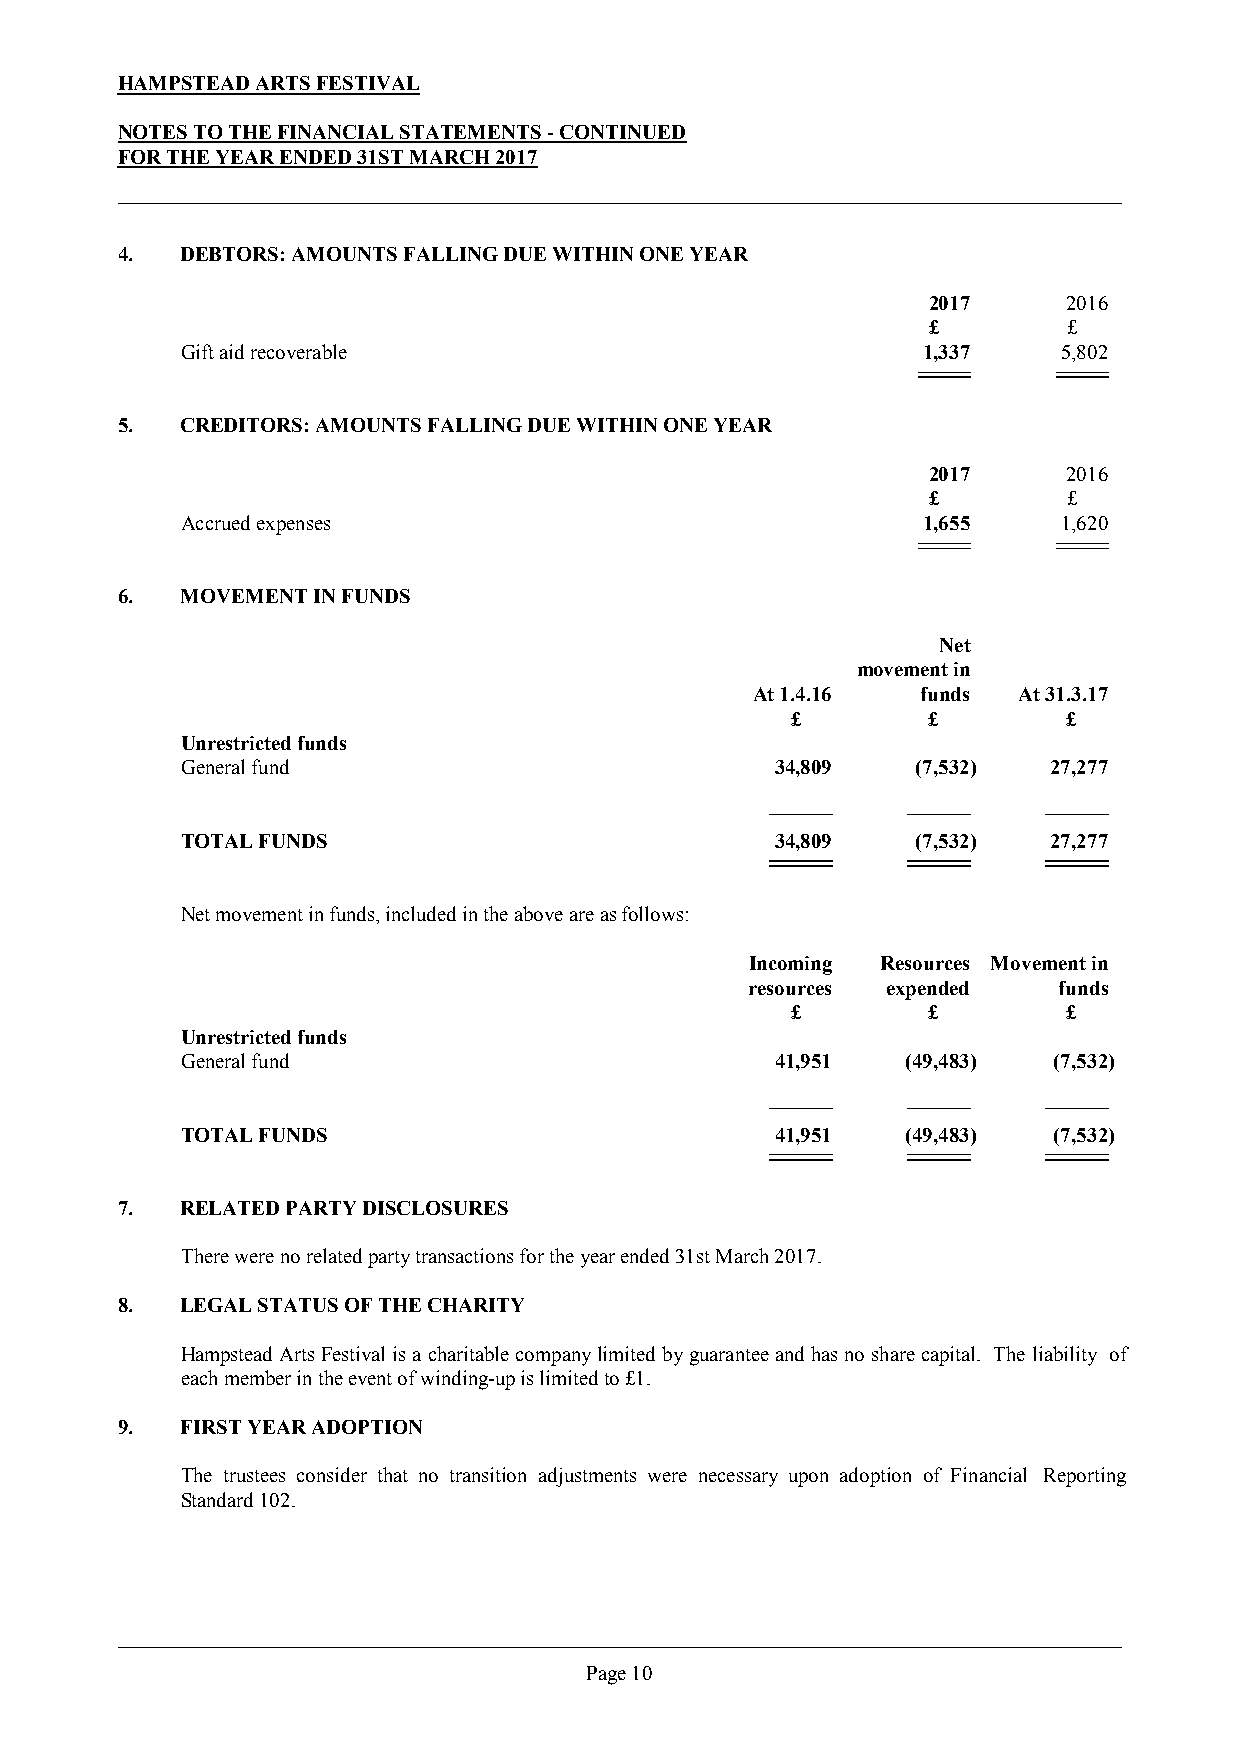
HAMPSTEAD ARTS FESTIVAL
 NOTES TO THE FINANCIAL STATEMENTS - CONTINUED
 FOR THE YEAR ENDED 31ST MARCH 2017
 4.  DEBTORS: AMOUNTS FALLING DUE WITHIN ONE YEAR
 2017      2016
 £         £
 Gift aid recoverable                             1,337    5,802
 5.  CREDITORS: AMOUNTS FALLING DUE WITHIN ONE YEAR
 2017      2016
 £         £
 Accrued expenses                                 1,655    1,620
 6.  MOVEMENT IN FUNDS
 Net
 movement in
 At 1.4.16  funds At 31.3.17
 £        £         £
 Unrestricted funds
 General fund                           34,809    (7,532)  27,277
 TOTAL FUNDS                            34,809    (7,532)  27,277
 Net movement in funds, included in the above are as follows:
 Incoming Resources Movement in
 resources expended  funds
 £        £         £
 Unrestricted funds
 General fund                           41,951   (49,483)  (7,532)
 TOTAL FUNDS                            41,951   (49,483)  (7,532)
 7.  RELATED PARTY DISCLOSURES
 There were no related party transactions for the year ended 31st March 2017.
 8.  LEGAL STATUS OF THE CHARITY
 HampsteadArtsFestivalisa charitablecompanylimitedbyguaranteeandhasnosharecapital. The liability of
 each member in the event of winding-up is limited to £1.
 9.  FIRST YEAR ADOPTION
 The trustees consider that no transition adjustments were necessary upon adoption of Financial Reporting
 Standard 102.
 Page 10